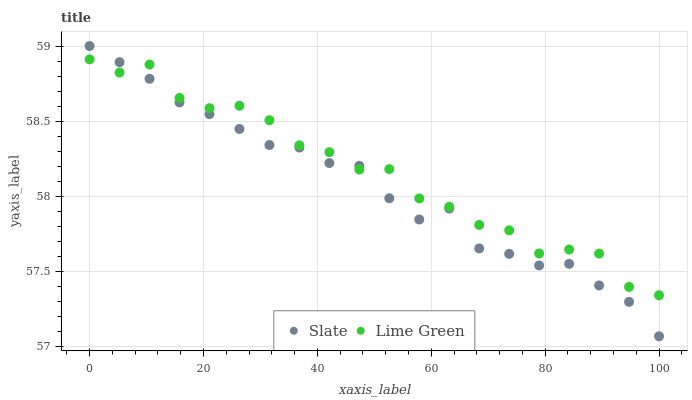
| xaxis_label | Slate | Lime Green |
 | --- | --- | --- |
 | 0 | 59 | 58.9 |
 | 5.26 | 58.9 | 58.8 |
 | 10.5 | 58.8 | 58.9 |
 | 15.8 | 58.6 | 58.7 |
 | 21.1 | 58.5 | 58.6 |
 | 26.3 | 58.4 | 58.6 |
 | 31.6 | 58.3 | 58.5 |
 | 36.8 | 58.3 | 58.3 |
 | 42.1 | 58.2 | 58.3 |
 | 47.4 | 58.2 | 58.2 |
 | 52.6 | 58 | 58.2 |
 | 57.9 | 57.8 | 58 |
 | 63.2 | 57.9 | 57.9 |
 | 68.4 | 57.7 | 57.8 |
 | 73.7 | 57.6 | 57.8 |
 | 78.9 | 57.5 | 57.6 |
 | 84.2 | 57.5 | 57.6 |
 | 89.5 | 57.4 | 57.6 |
 | 94.7 | 57.3 | 57.4 |
 | 100 | 57.1 | 57.3 |